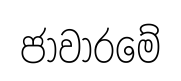
ජාවාරමේ